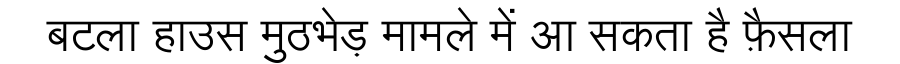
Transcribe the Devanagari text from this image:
बटला हाउस मुठभेड़ मामले में आ सकता है फ़ैसला